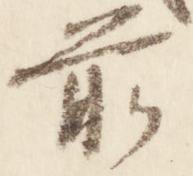
前